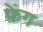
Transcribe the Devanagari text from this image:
फ़ेंग